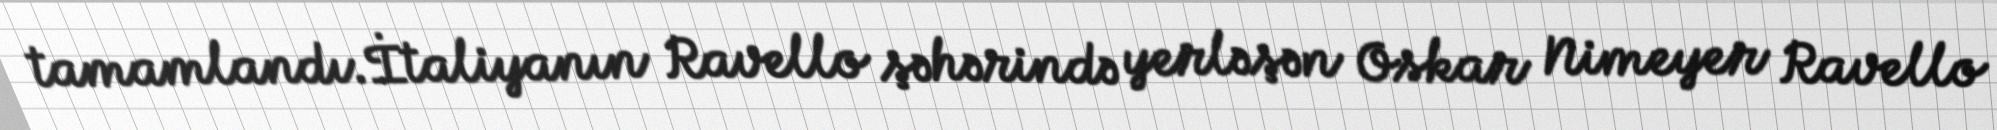
tamamlandı.İtaliyanın Ravello şəhərində yerləşən Oskar Nimeyer Ravello